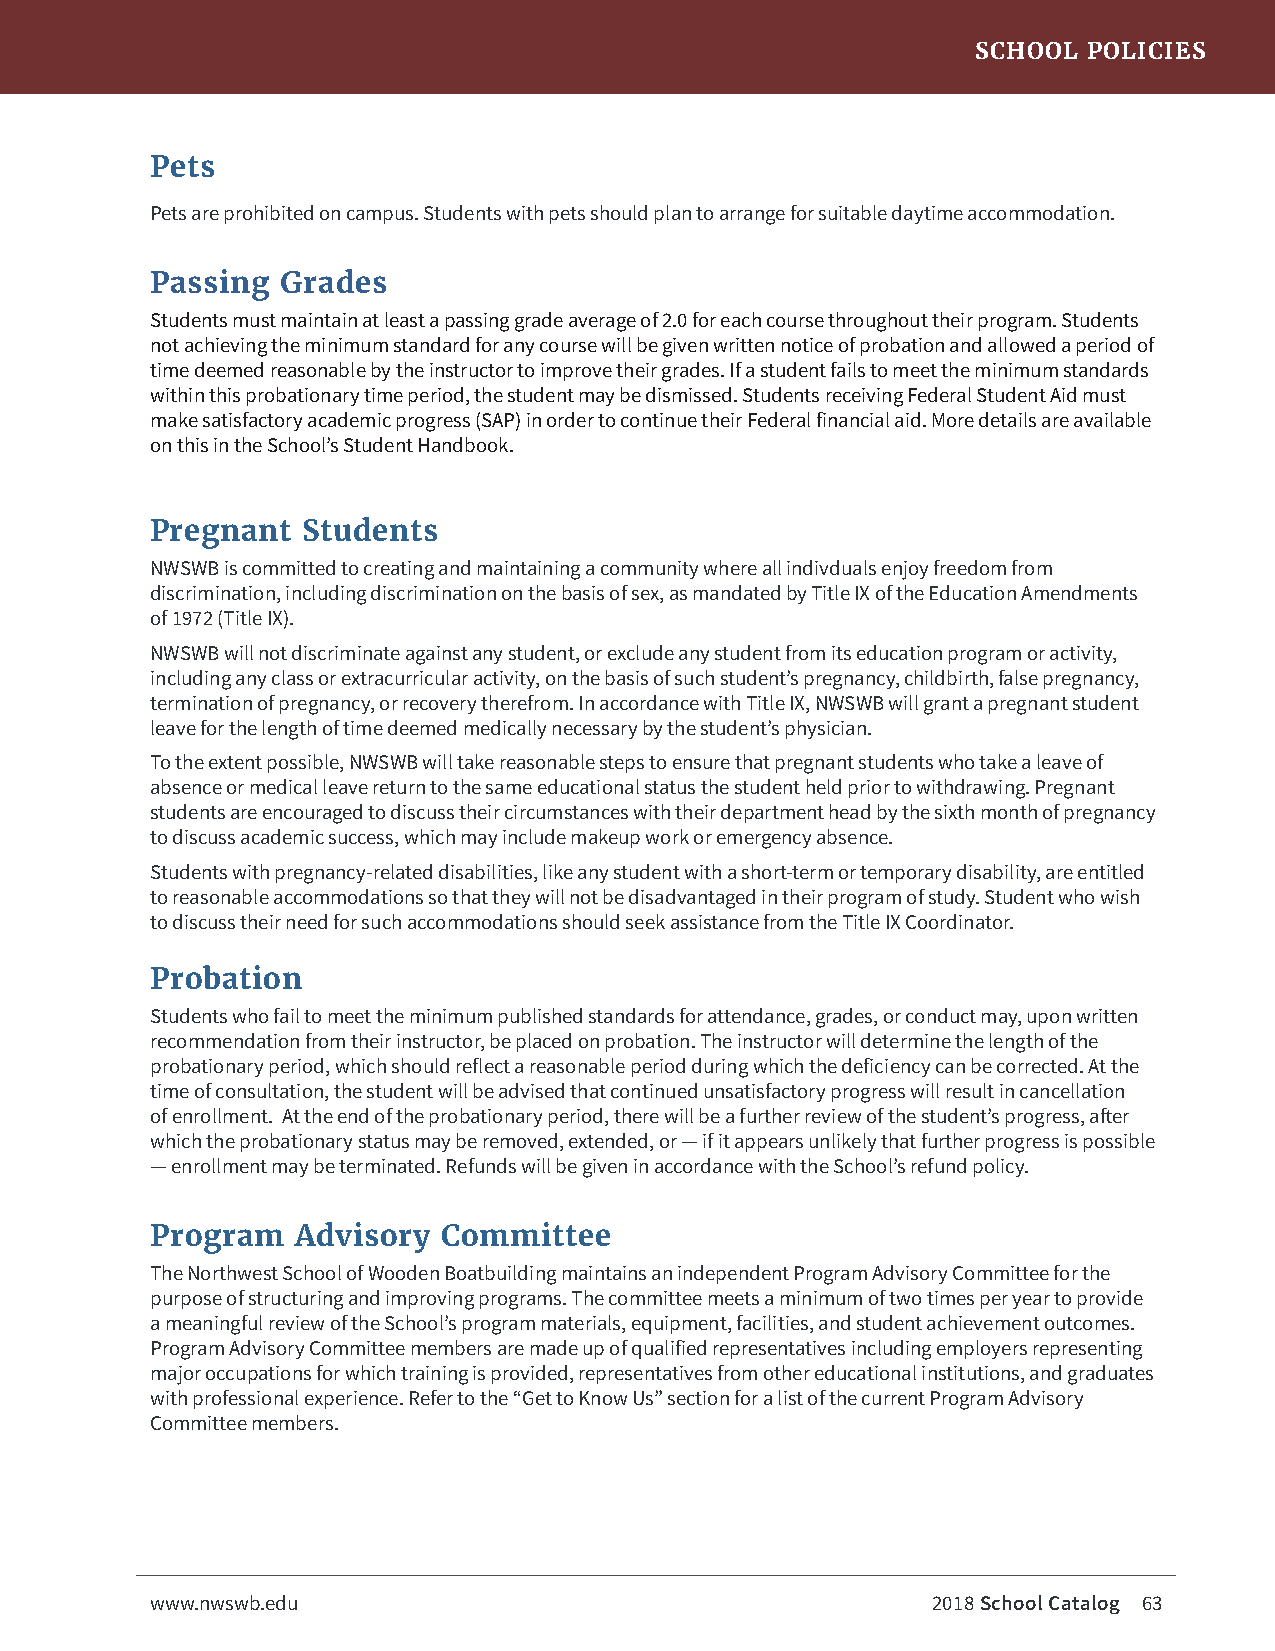
SCHOOL POLICIES
 Pets
 Pets are prohibited on campus. Students with pets should plan to arrange for suitable daytime accommodation.
 Passing  Grades
 Students must maintain at least a passing grade average of 2.0 for each course throughout their program. Students
 not achieving the minimum standard for any course will be given written notice of probation and allowed a period of
 time deemed reasonable by the instructor to improve their grades. If a student fails to meet the minimum standards
 within this probationary time period, the student may be dismissed. Students receiving Federal Student Aid must
 make satisfactory academic progress (SAP) in order to continue their Federal financial aid. More details are available
 on this in the School’s Student Handbook.
 Pregnant  Students
 NWSWB is committed to creating and maintaining a community where all indivduals enjoy freedom from
 discrimination, including discrimination on the basis of sex, as mandated by Title IX of the Education Amendments
 of 1972 (Title IX).
 NWSWB will not discriminate against any student, or exclude any student from its education program or activity,
 including any class or extracurricular activity, on the basis of such student’s pregnancy, childbirth, false pregnancy,
 termination of pregnancy, or recovery therefrom. In accordance with Title IX, NWSWB will grant a pregnant student
 leave for the length of time deemed medically necessary by the student’s physician.
 To the extent possible, NWSWB will take reasonable steps to ensure that pregnant students who take a leave of
 absence or medical leave return to the same educational status the student held prior to withdrawing. Pregnant
 students are encouraged to discuss their circumstances with their department head by the sixth month of pregnancy
 to discuss academic success, which may include makeup work or emergency absence.
 Students with pregnancy-related disabilities, like any student with a short-term or temporary disability, are entitled
 to reasonable accommodations so that they will not be disadvantaged in their program of study. Student who wish
 to discuss their need for such accommodations should seek assistance from the Title IX Coordinator.
 Probation
 Students who fail to meet the minimum published standards for attendance, grades, or conduct may, upon written
 recommendation from their instructor, be placed on probation. The instructor will determine the length of the
 probationary period, which should reflect a reasonable period during which the deficiency can be corrected. At the
 time of consultation, the student will be advised that continued unsatisfactory progress will result in cancellation
 of enrollment. At the end of the probationary period, there will be a further review of the student’s progress, after
 which the probationary status may be removed, extended, or — if it appears unlikely that further progress is possible
 — enrollment may be terminated. Refunds will be given in accordance with the School’s refund policy.
 Program   Advisory Committee
 The Northwest School of Wooden Boatbuilding maintains an independent Program Advisory Committee for the
 purpose of structuring and improving programs. The committee meets a minimum of two times per year to provide
 a meaningful review of the School’s program materials, equipment, facilities, and student achievement outcomes.
 Program Advisory Committee members are made up of qualified representatives including employers representing
 major occupations for which training is provided, representatives from other educational institutions, and graduates
 with professional experience. Refer to the “Get to Know Us” section for a list of the current Program Advisory
 Committee members.
 www.nwswb.edu                                       2018 School Catalog 63